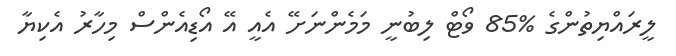
ލީރައްޔިތުންގެ %85 ވޯޓް ލިބުނީ މަމެންނަށޭ އެއީ އޭ އޯޑިއެންސް މިހާރު އެކިޔާ